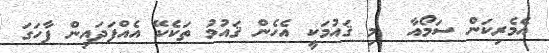
އެމެރިކަން ސަމޯއާ  މި ޤައުމަކީ އެހެން ޤައުމު ތަކެކޭ އެއްފަދައިން ފާހަގަ